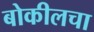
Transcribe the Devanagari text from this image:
बोकीलचा